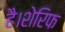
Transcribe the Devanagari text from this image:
है।शेरिफ